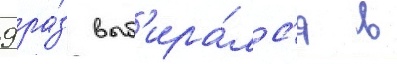
9 ра́з выб'ира́лс'я в